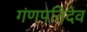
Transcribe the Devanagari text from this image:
गंणपतिदेव